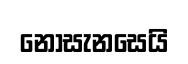
නොසැනසෙයි